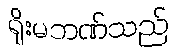
ရိုးမဘဏ်သည်